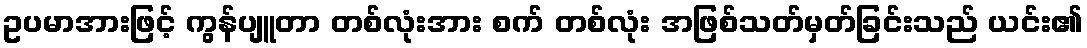
ဥပမာအားဖြင့် ကွန်ပျူတာ တစ်လုံးအား စက် တစ်လုံး အဖြစ်သတ်မှတ်ခြင်းသည် ယင်း၏